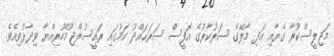
މަޖިލީސްކުރާ ގެޔާއި އަދި މާލޭގެ ސަރުކާރުގެ އޮފީސް ސަރަޙައްދު ކަމުގައި ރައީސުލްޖުމްހޫރިއްޔާ ވިދާޅުވިއެވެ.